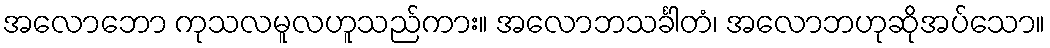
အလောဘော ကုသလမူလဟူသည်ကား။ အလောဘသင်္ခါတံ၊ အလောဘဟုဆိုအပ်သော။